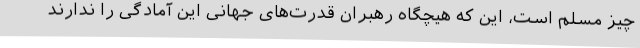
چیز مسلم است، این که هیچگاه رهبران قدرت‌های جهانی این آمادگی را ندارند